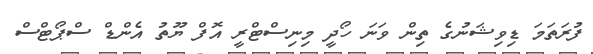
ފުރަތަމަ ޑިވިޝަނުގެ ތިން ވަނަ ހޯދީ މިނިސްޓްރީ އޮފް ޔޫތު އެންޑް ސްޕޯޓްސް